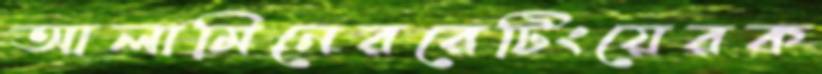
আলামিনেররেটিংয়েরক